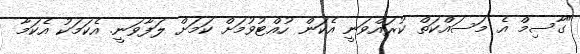
"ގާސިމް އެ މަސައްކަތް ކުރައްވަނީ އެކަން ހުއްޓުވުމަށް ކަމަށް ލަފާވަނީ. އެކަމަކު އެކަމާ